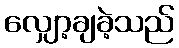
လျှော့ချခဲ့သည်